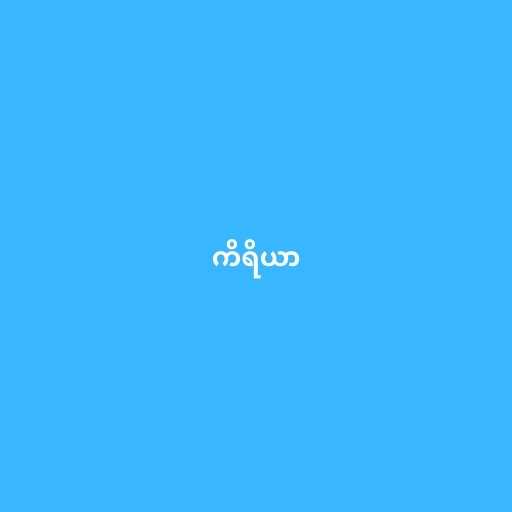
ကိရိယာ